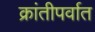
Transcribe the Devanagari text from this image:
क्रांतीपर्वात